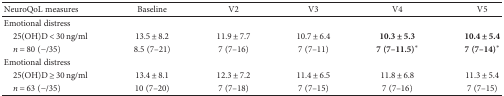
<table><thead><tr><td><b>NeuroQoL measures</b></td><td><b>Baseline</b></td><td><b>V2</b></td><td><b>V3</b></td><td><b>V4</b></td><td><b>V5</b></td></tr></thead><tbody><tr><td colspan="6">Emotional distress</td></tr><tr><td> 25(OH)D &lt; 30 ng/ml</td><td>13.5 ± 8.2</td><td>11.9 ± 7.7</td><td>10.7 ± 6.4</td><td><b>10.3 ± 5.3</b></td><td><b>10.4 ± 5.4</b></td></tr><tr><td> <i>n</i> = 80 (−/35)</td><td>8.5 (7–21)</td><td>7 (7–16)</td><td>7 (7–11)</td><td><b>7 (7–11.5)</b><sup>∗</sup></td><td><b>7 (7–14)</b><sup>∗</sup></td></tr><tr><td colspan="6">Emotional distress</td></tr><tr><td> 25(OH)D ≥ 30 ng/ml</td><td>13.4 ± 8.1</td><td>12.3 ± 7.2</td><td>11.4 ± 6.5</td><td>11.8 ± 6.8</td><td>11.3 ± 5.4</td></tr><tr><td> <i>n</i> = 63 (−/35)</td><td>10 (7–20)</td><td>7 (7–18)</td><td>7 (7–15)</td><td>7 (7–16)</td><td>7 (7–15)</td></tr></tbody></table>